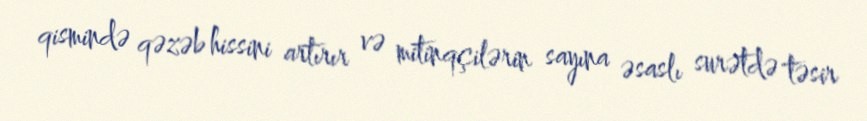
qismində qəzəb hissini artırır və mitinqçilərin sayına əsaslı surətdə təsir